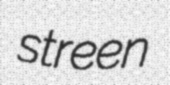
streen